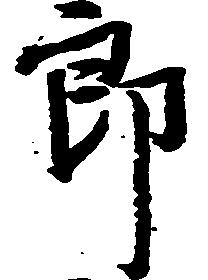
郎